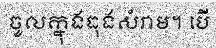
ចូលក្នុងធុងសំរាម។ បើ